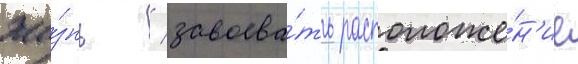
жи́знь / завоева́ть расположе́н'ие